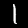
Digit: 1